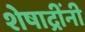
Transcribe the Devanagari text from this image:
शेषाद्रींनी